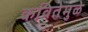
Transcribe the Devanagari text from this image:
कवितेमुळे